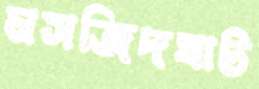
মসজিদঘাট